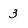
Character: 3